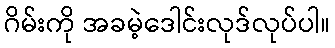
ဂိမ်းကို အခမဲ့ဒေါင်းလုဒ်လုပ်ပါ။